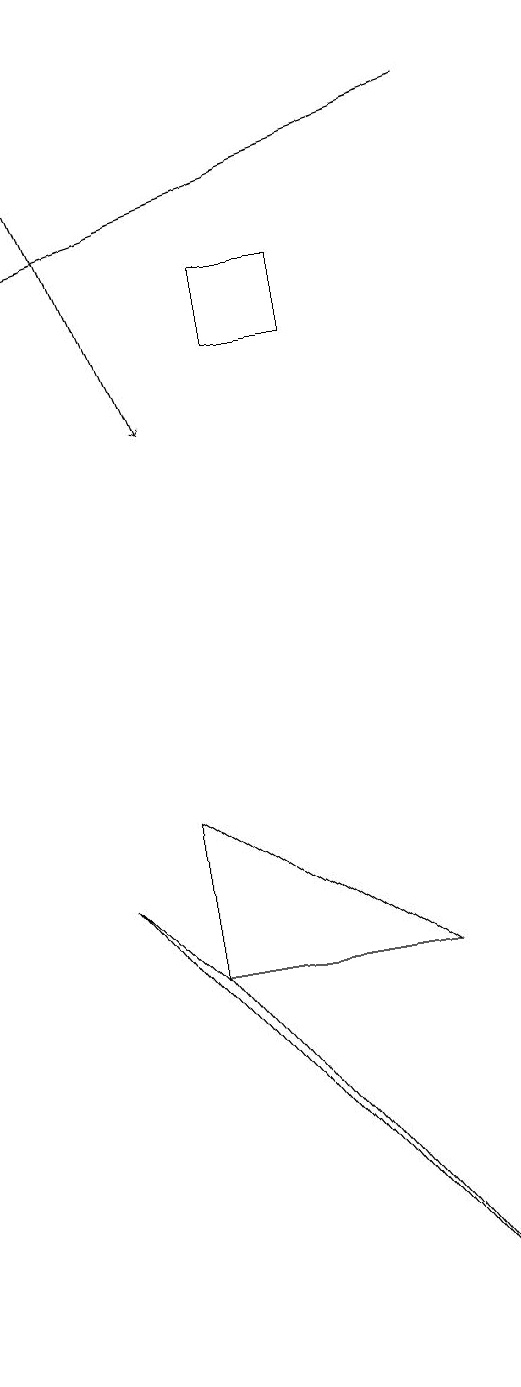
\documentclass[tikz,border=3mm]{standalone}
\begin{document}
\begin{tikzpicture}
\draw (3,8) -- (6,6) -- (3,6) -- cycle;
\draw (4,15) rectangle (5,14);
\draw[->] (7,17) -- (1,15);
\draw (2,7) -- (7,1) -- (3,6) -- cycle;
\draw[->] (1,18) -- (3,13);
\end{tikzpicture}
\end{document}